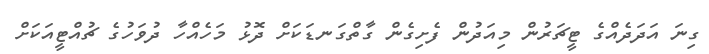
ގިނަ އަދަދެއްގެ ޓީޗަރުން މިއަދުން ފެށިގެން ގާތްގަނޑަކަށް ދޮޅު މަހެއްހާ ދުވަހުގެ ޗުއްޓީއަކަށް